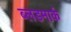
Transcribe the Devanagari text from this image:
ब्लडमार्क